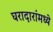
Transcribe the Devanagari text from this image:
घरादारांमध्ये